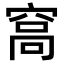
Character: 𥦮